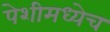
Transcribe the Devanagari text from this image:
पेशीमध्येच